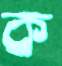
ক